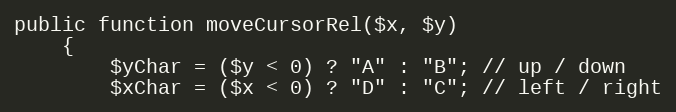
Language: PHP
public function moveCursorRel($x, $y)
    {
        $yChar = ($y < 0) ? "A" : "B"; // up / down
        $xChar = ($x < 0) ? "D" : "C"; // left / right